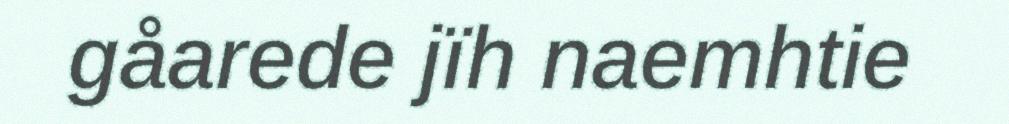
gåarede jïh naemhtie